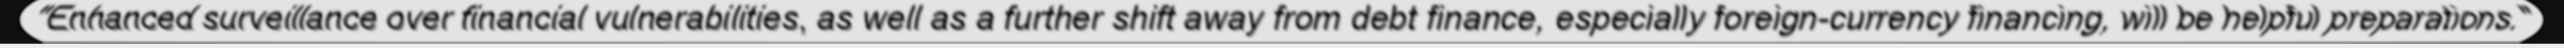
"Enhanced surveillance over financial vulnerabilities, as well as a further shift away from debt finance, especially foreign-currency financing, will be helpful preparations."